Papers set at the Examination for Leaving Certificates, 1892
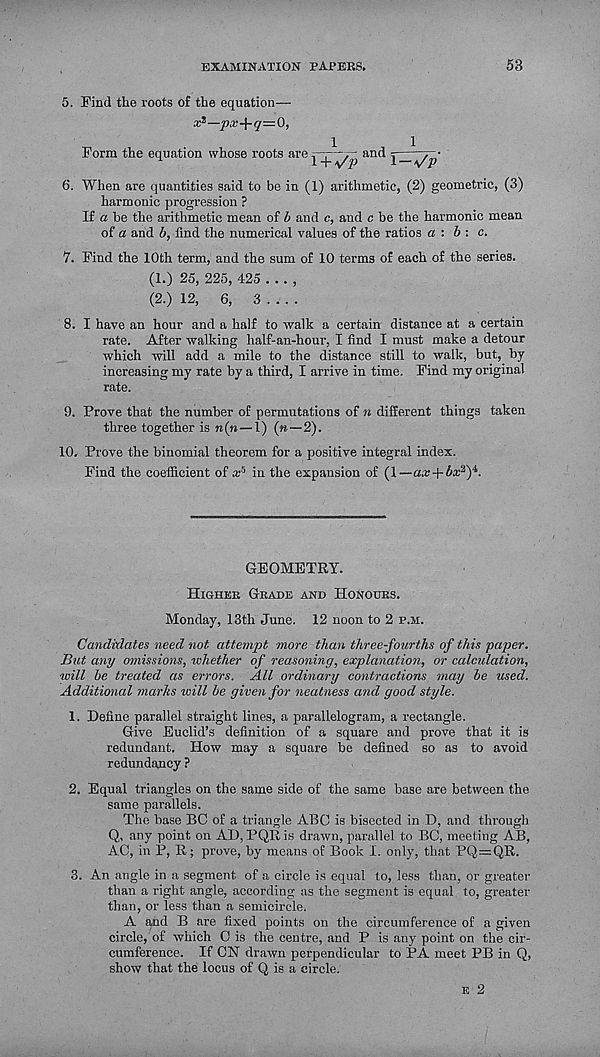
EXAMINATION PAPERS.
53
5. Find the roots of the equation—
x t —px-\-q=0,
Form the equation whose roots are r——and
i + v'p
1
l-vV
6. When are quantities said to be in (1) arithmetic, (2) geometric, (3)
harmonic progression ?
If a be the arithmetic mean of b and c, and c be the harmonic mean
of a and b, find the numerical values of the ratios a : b : c.
7. Find the 10th term, and the sum of 10 terms of each of the series.
(1.) 25, 225, 425 ... ,
(2.) 12, 6, 3 ... .
8. I have an hour and a half to walk a certain distance at a certain
rate. After walking half-an-hour, I find I must make a detour
which will add a mile to the distance still to walk, but, by
increasing my rate by a third, I arrive in time. Find my original
rate.
9. Prove that the number of permutations of n different things taken
three together is n(n—1) (w—2).
10. Prove the binomial theorem for a positive integral index.
Find the coefficient of ar 5 in the expansion of (1—ax + bx 2 )*.
GEOMETRY.
Higher Grade and Honours.
Monday, 13th June. 12 noon to 2 p.m.
Candidates need not attempt more than three-fourths of this paper.
But any omissions, whether of reasoning, explanation, or calcidation,
will be treated as errors. All ordinary contractions may be used.
Additional marks will be given for neatness and good style.
1. Define parallel straight lines, a parallelogram, a rectangle.
Give Euclid’s definition of a square and prove that it is
redundant. How may a square be defined so as to avoid
redundancy ?
2. Equal triangles on the same side of the same base are between the
same parallels.
The base DC of a triangle ABC is bisected in D, and through
Q, any point on AD, PQRis drawn, parallel to BC, meeting AB,
AC, in P, R; prove, by means of Book I. only, that PQ=QR.
3. An angle in a segment of a circle is equal to, less than, or greater
than a right angle, according as the segment is equal to, greater
than, or less than a semicircle.
A and B are fixed points on the circumference of a given
circle, of which C is the centre, and P is any point on the cir-
cumference. If CN drawn perpendicular to PA meet PB in Q,
show that the locus of Q is a circle.
e 2